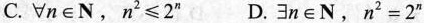
C..$$∀ n \in N$$，$$n ^ { 2 } ≤ 2 ^ { n }$$ D..$$∃ n \in N$$，$$n ^ { 2 } = 2 ^ { n }$$